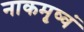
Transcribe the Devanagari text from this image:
नाकमृष्वं